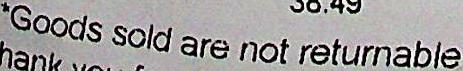
*GOODS SOLD ARE NOT RETURNABLE